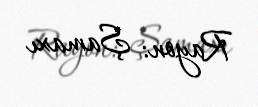
Rayon: Şamaxı